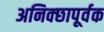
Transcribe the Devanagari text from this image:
अनिक्छापूर्वक